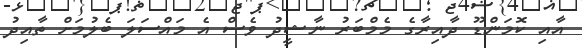
އާއި ކޮމަންޑޫ ދާއިރާގެ މެމްބަރު ނާޝީދު ވެސް އެ މައްސަލަ ބެލުމަށް ތާއިދު